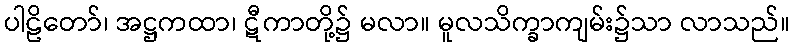
ပါဠိတော်၊ အဋ္ဌကထာ၊ ဋီကာတို့၌ မလာ။ မူလသိက္ခာကျမ်း၌သာ လာသည်။